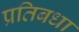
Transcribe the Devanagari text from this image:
प्रतिबधा